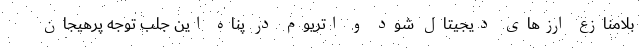
بلامنازع ارزهای دیجیتال شود و اتریوم در پناه این جلب توجه پرهیجان